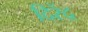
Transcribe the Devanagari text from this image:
दिरेंद्र